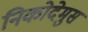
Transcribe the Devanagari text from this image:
निकोदेमुस